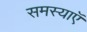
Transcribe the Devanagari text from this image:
समस्याऍ